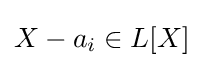
X-a_{i}\in L[X]